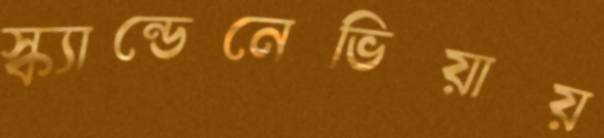
স্ক্যান্ডেনেভিয়ায়